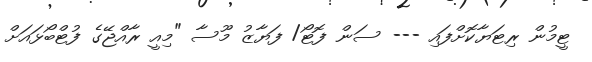
ޓީމުން ރިޓަޔާކޮށްފައި --- ސަން ފޮޓޯ/ ފަޔާޒު މޫސާ "މިއީ ރާއްޖޭގެ ފުޓްބޯޅައަށް